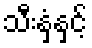
သီးနှံနှင့်